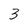
Character: 3